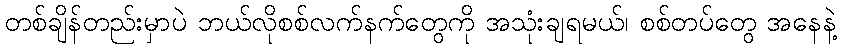
တစ်ချိန်တည်းမှာပဲ ဘယ်လိုစစ်လက်နက်တွေကို အသုံးချရမယ်၊ စစ်တပ်တွေ အနေနဲ့